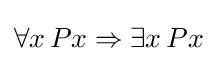
\forall x\,Px\Rightarrow \exists x\,Px